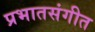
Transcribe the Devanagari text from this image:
प्रभातसंगीत